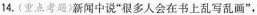
4.(重点考题)新闻中说”很多人会在书上乱写乱画”，